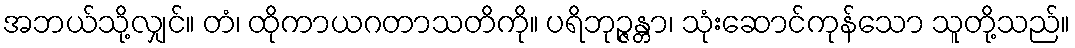
အဘယ်သို့လျှင်။ တံ၊ ထိုကာယဂတာသတိကို။ ပရိဘုဉ္ဇန္တာ၊ သုံးဆောင်ကုန်သော သူတို့သည်။